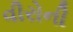
વીરોની